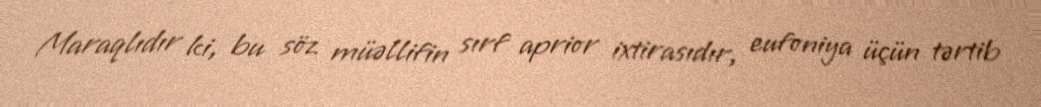
Maraqlıdır ki, bu söz müəllifin sırf aprior ixtirasıdır, eufoniya üçün tərtib